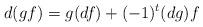
LaTeX: \begin{align*}d(gf)=g(df)+(-1)^t(dg)f\end{align*}